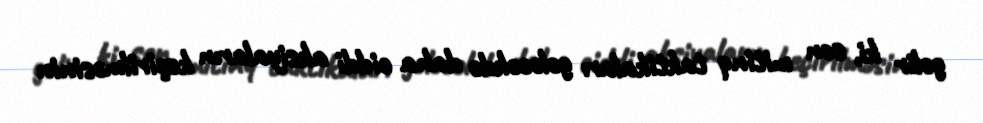
gəlir ki, son mitinq taktikaları gələcəkdə daha ciddi aksiyaların keçirilməsinin